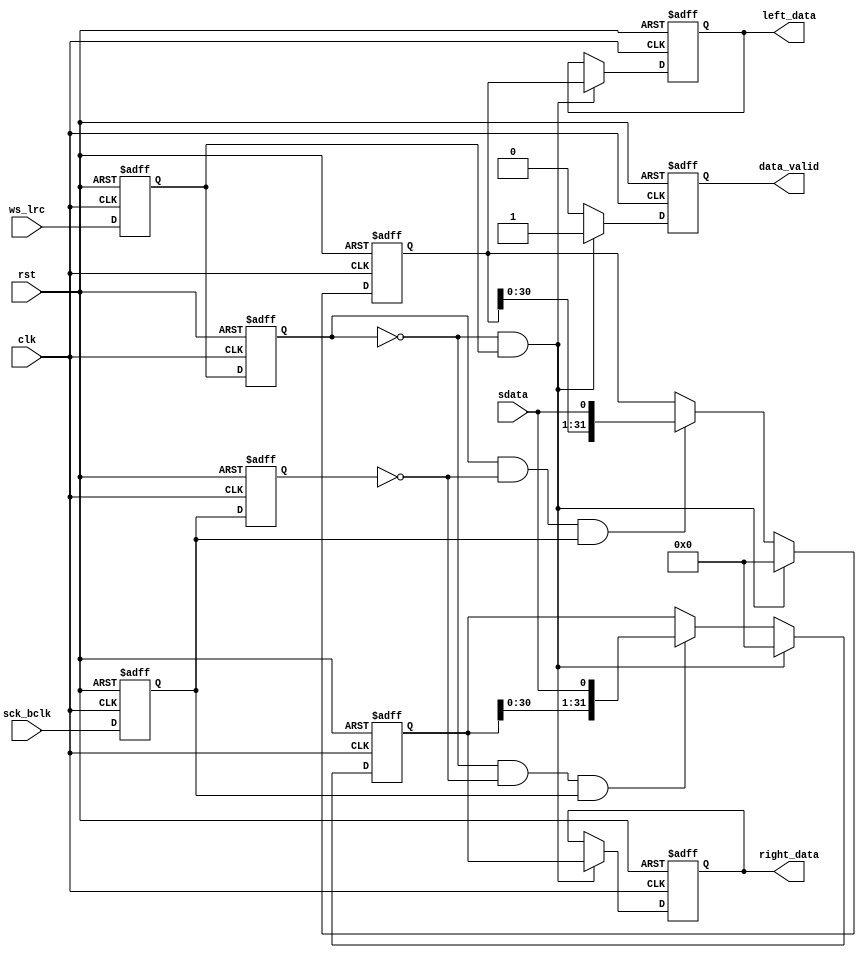
// This program was cloned from: https://github.com/Manistein/let-us-build-a-computer-system
// License: MIT License

//////////////////////////////////////////////////////////////////////////////////
//                                                                              //
//                                                                              //
//          msq@qq.com                                                          //
//          ALINX(shanghai) Technology Co.,Ltd                                  //
//          heijin                                                              //
//     WEB: http://www.alinx.cn/                                                //
//     BBS: http://www.heijin.org/                                              //
//                                                                              //
//////////////////////////////////////////////////////////////////////////////////
//                                                                              //
// Copyright (c) 2017,ALINX(shanghai) Technology Co.,Ltd                        //
//                    All rights reserved                                       //
//                                                                              //
// This source file may be used and distributed without restriction provided    //
// that this copyright statement is not removed from the file and that any      //
// derivative work contains the original copyright notice and the associated    //
// disclaimer.                                                                  //
//                                                                              //
//////////////////////////////////////////////////////////////////////////////////

//================================================================================
//  Revision History:
//  Date          By            Revision    Change Description
//--------------------------------------------------------------------------------
//  2017/7/12     meisq          1.0         Original
//*******************************************************************************/
`timescale 1ns/1ps
module audio_rx
(
	input                            rst,                  
	input                            clk,  
	input                            sck_bclk,     //audio bit clock
	input                            ws_lrc,       //ADC sample rate left right clock
	input                            sdata,        //ADC audio data
	output reg[31:0]                 left_data,    //left channel audio data ,ws_lrc = 1
	output reg[31:0]                 right_data,   //right channel audio data,ws_lrc = 0
	output reg                       data_valid    //audio data valid

);
reg                                  sck_bclk_d0;  //delay sck_bclk
reg                                  sck_bclk_d1;  //delay sck_bclk
reg                                  ws_lrc_d0;    //delay ws_lrc
reg                                  ws_lrc_d1;    //delay ws_lrc 
reg[31:0]                            left_data_shift; //left channel audio data shift register
reg[31:0]                            right_data_shift;//right channel audio data shift register

always@(posedge clk or posedge rst)
begin
	if(rst == 1'b1)
	begin
		sck_bclk_d0 <= 1'b0;
		sck_bclk_d1 <= 1'b0;
		ws_lrc_d0 <= 1'b0;
		ws_lrc_d1 <= 1'b0;
	end
	else
	begin
		sck_bclk_d0 <= sck_bclk;
		sck_bclk_d1 <= sck_bclk_d0;
		ws_lrc_d0 <= ws_lrc;
		ws_lrc_d1 <= ws_lrc_d0;
	end
end

always@(posedge clk or posedge rst)
begin
	if(rst == 1'b1)
		left_data_shift <= 32'd0;
	else if(ws_lrc_d1 == 1'b0 && ws_lrc_d0 == 1'b1)//ws_lrc posedge
		left_data_shift <= 32'd0;
	else if(ws_lrc_d1 == 1'b1 && sck_bclk_d1 == 1'b0 && sck_bclk_d0 == 1'b1)//ws_lrc = 1 ,sck_bclk posedge
		left_data_shift <= {left_data_shift[30:0],sdata};
end

always@(posedge clk or posedge rst)
begin
	if(rst == 1'b1)
		right_data_shift <= 32'd0;
	else if(ws_lrc_d1 == 1'b0 && ws_lrc_d0 == 1'b1)//ws_lrc posedge
		right_data_shift <= 32'd0;
	else if(ws_lrc_d1 == 1'b0 && sck_bclk_d1 == 1'b0 && sck_bclk_d0 == 1'b1)//ws_lrc = 0 ,sck_bclk posedge
		right_data_shift <= {right_data_shift[30:0],sdata};
end

always@(posedge clk or posedge rst)
begin
	if(rst == 1'b1)
	begin
		left_data <= 32'd0;
		right_data <= 32'd0;
	end
	else if(ws_lrc_d1 == 1'b0 && ws_lrc_d0 == 1'b1)//ws_lrc posedge
	begin
		left_data <= left_data_shift;
		right_data <= right_data_shift;
	end
end

always@(posedge clk or posedge rst)
begin
	if(rst == 1'b1)
		data_valid <= 1'b0;
	else if(ws_lrc_d1 == 1'b0 && ws_lrc_d0 == 1'b1)//ws_lrc posedge
		data_valid <= 1'b1;
	else
		data_valid <= 1'b0;
end

endmodule